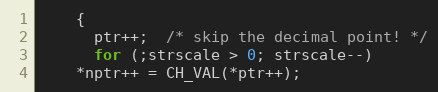
Language: C++
    {
      ptr++;  /* skip the decimal point! */
      for (;strscale > 0; strscale--)
	*nptr++ = CH_VAL(*ptr++);